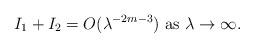
LaTeX: \begin{align*}I_1 + I_2 = O (\lambda ^{-2m-3}) ~\mbox {as}~ \lambda \rightarrow \infty .\end{align*}